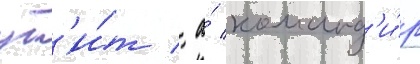
уб'и́т / а́ команд'и́р